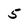
Character: 5